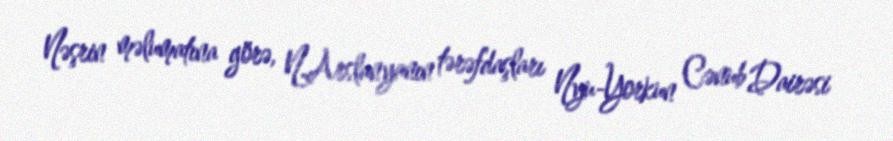
Nəşrin məlumatına görə, N.Arslanyanın tərəfdaşları Nyu-Yorkun Cənub Dairəsi